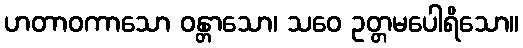
ဟတာဝကာသော ဝန္တာသော၊ သဝေ ဥတ္တမပေါရိသော။